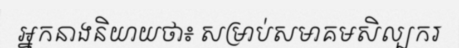
អ្នកនាងនិយាយថា៖ សម្រាប់សមាគមសិល្បករ